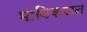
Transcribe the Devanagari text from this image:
भाविकजन